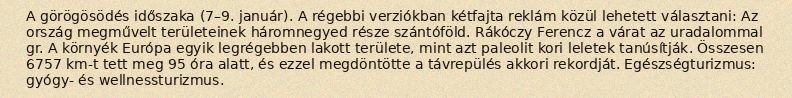
A görögösödés időszaka (7–9. január). A régebbi verziókban kétfajta reklám közül lehetett választani: Az ország megművelt területeinek háromnegyed része szántóföld. Rákóczy Ferencz a várat az uradalommal gr. A környék Európa egyik legrégebben lakott területe, mint azt paleolit kori leletek tanúsítják. Összesen 6757 km-t tett meg 95 óra alatt, és ezzel megdöntötte a távrepülés akkori rekordját. Egészségturizmus: gyógy- és wellnessturizmus.